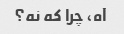
آه، چرا که نه؟